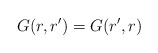
\begin{align*}G(r,r^\prime) = G(r^\prime , r)\end{align*}